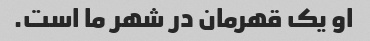
او یک قهرمان در شهر ما است.